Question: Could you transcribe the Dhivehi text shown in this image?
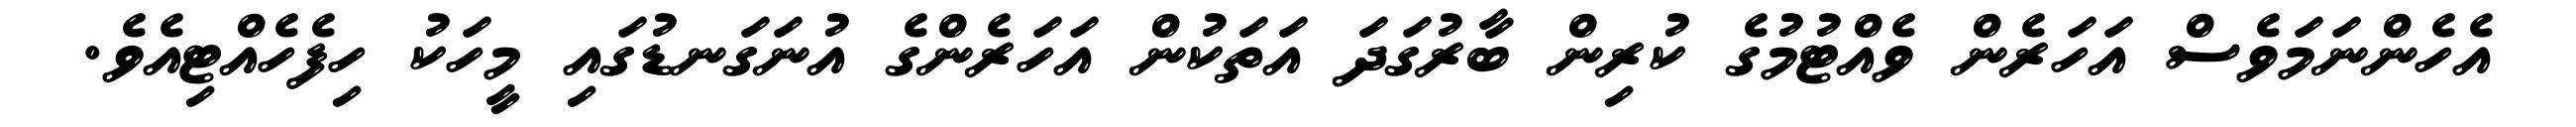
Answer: އެހެންނަމަވެސް އަހަރެން ވެއްޓުމުގެ ކުރިން ބާރުގަދަ އަތަކުން އަހަރެންގެ އުނަގަނޑުގައި މީހަކު ހިފެހެއްޓިއެވެ.